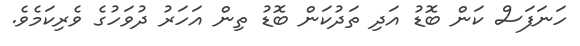
ހަނަފަސް ކަން ބޮޑު އަދި ތަދުކަން ބޮޑު ތިން އަހަރު ދުވަހުގެ ވެރިކަމެވެ.